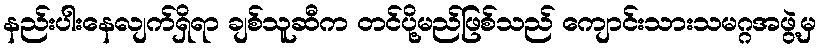
နည်းပါးနေလျက်ရှိရာ ချစ်သူဆီက တင်ပို့မည်ဖြစ်သည် ကျောင်းသားသမဂ္ဂအဖွဲ့မှ